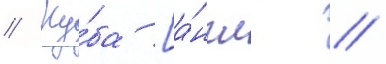
// Ку́ба [а́нгл. //